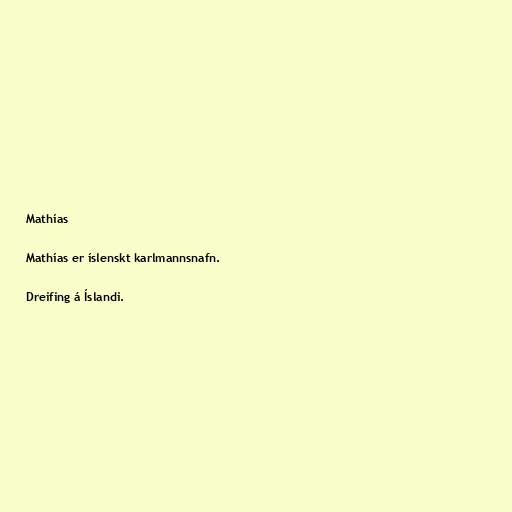
Mathías

Mathías er íslenskt karlmannsnafn.

Dreifing á Íslandi.